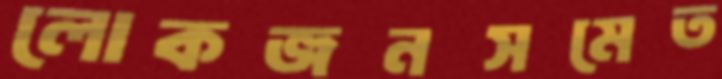
লোকজনসমেত